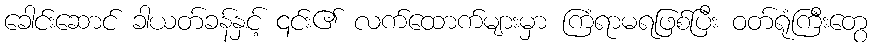
ခေါင်းဆောင် ခါယတ်ခန်နှင့် ၎င်း၏ လက်ထောက်များမှာ ကြံရာမရဖြစ်ပြီး ဝတ်ရုံကြီးတွေ